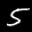
Label: 5